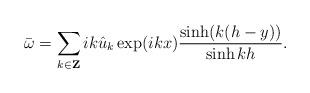
LaTeX: \begin{align*}\bar \omega= \sum_{k \in {\bf Z}} ik \hat u_{k} \exp(i kx) \frac{\sinh( k(h-y))}{\sinh kh}. \end{align*}